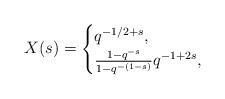
LaTeX: \begin{align*} X(s)= \begin{cases} q^{-1/2+s}, & \\ \frac{1-q^{-s}} {1-q^{-(1-s)}}q^{-1+2s}, & \\ \end{cases}\end{align*}